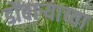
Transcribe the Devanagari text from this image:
डोंबार्‍याच्या